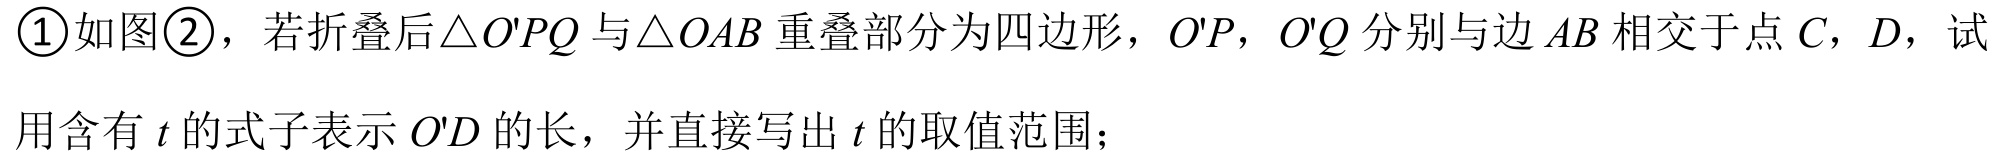
\textcircled{1}如图\textcircled{2}，若折叠后\(\triangle O'PQ\)与\(\triangle OAB\)重叠部分为四边形，\(O'P\)，\(O'Q\)分别与边 \(AB\) 相交于点 \(C\)，\(D\)，试用含有 \(t\) 的式子表示 \(O'D\) 的长，并直接写出 \(t\) 的取值范围；